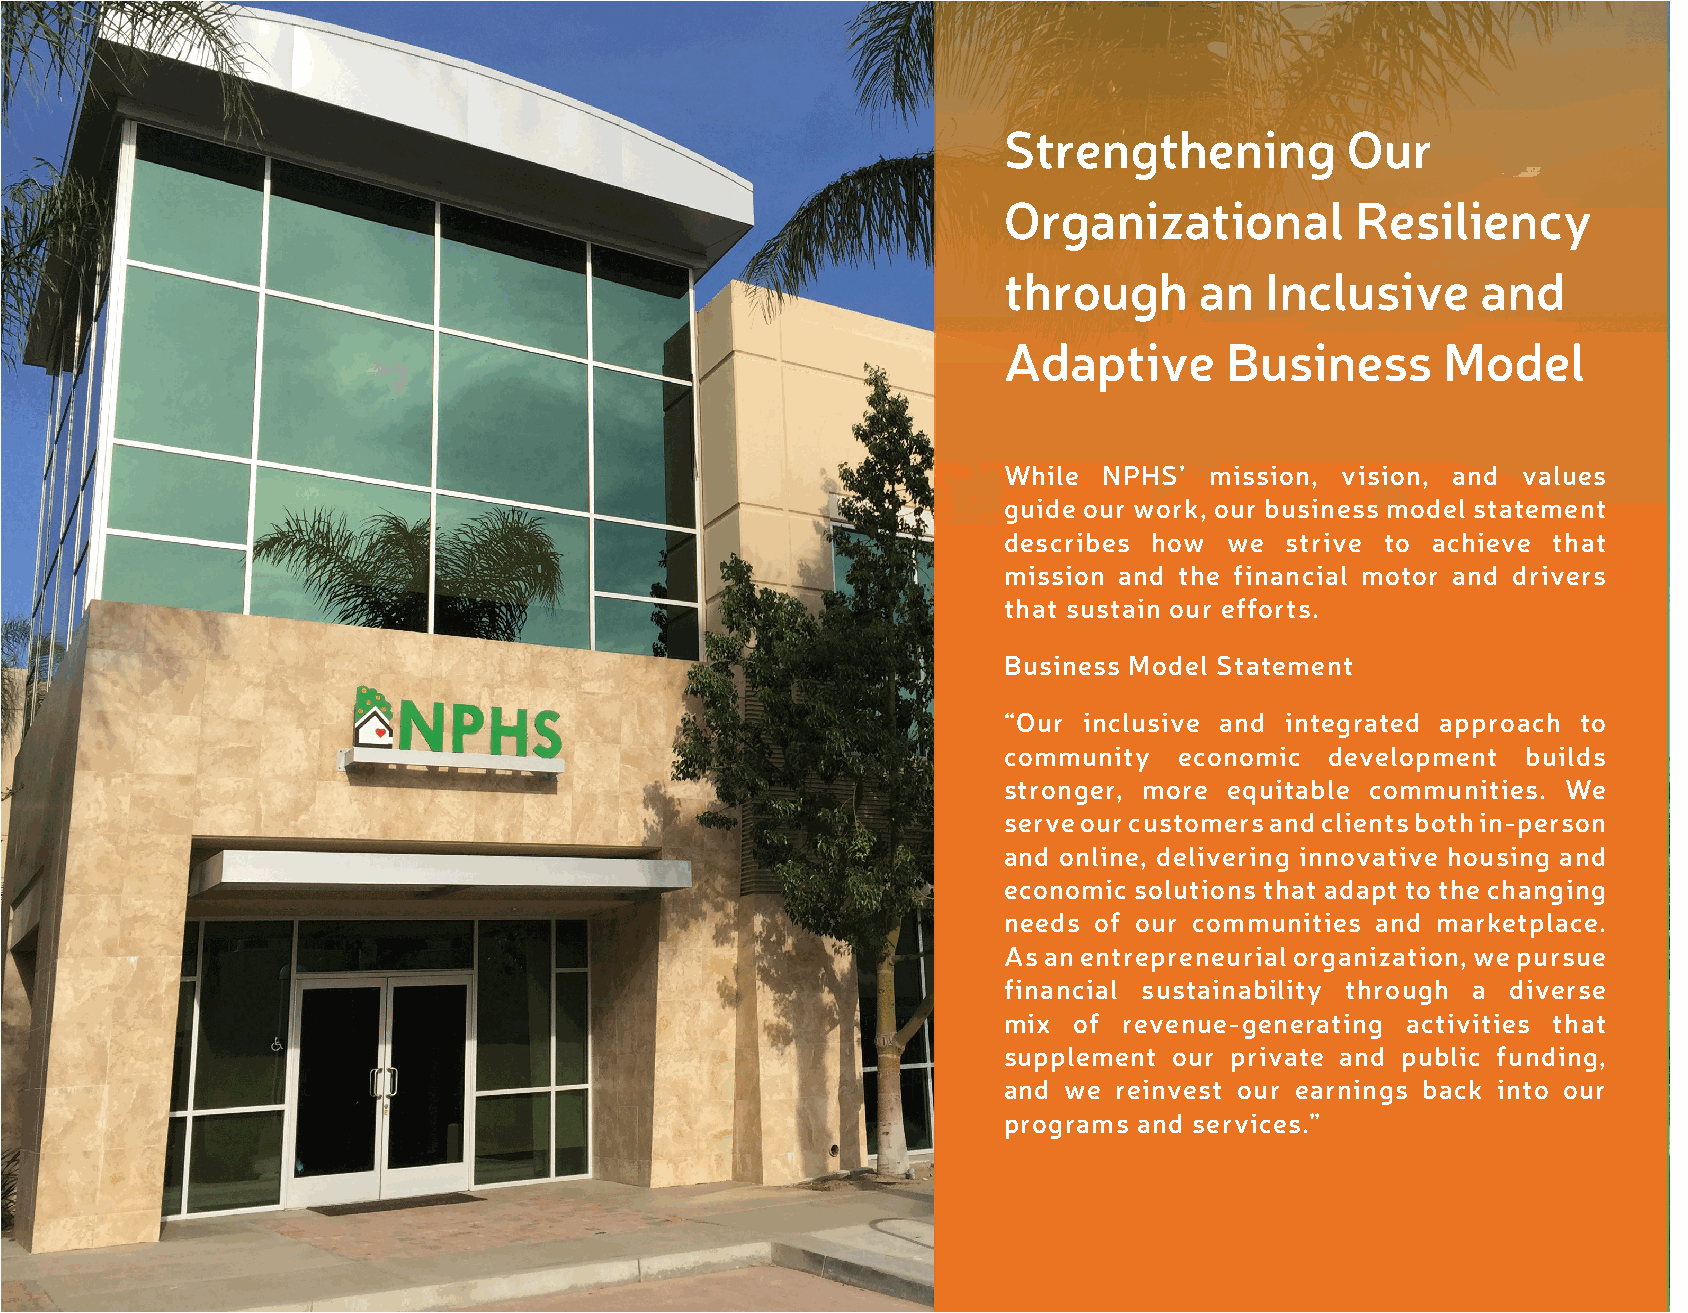
88 NPNPHHSS SSttrartaetgeicg Firca mFerwaomrke |w 20o1r8k-2 |0 220021-2023
 Strengthening          Our
 Organizational          Resiliency
 through      an   Inclusive     and
 Adaptive       Business       Model
 While  NPHS’  mission, vision, and values
 guide our work, our business model statement
 describes how  we  strive to achieve that
 mission and the financial motor and drivers
 that sustain our efforts.
 Business Model Statement
 “Our  inclusive and integrated approach to
 community   economic  development  builds
 stronger, more equitable communities. We
 serve our customers and clients both in-person
 and online, delivering innovative housing and
 economic solutions that adapt to the changing
 needs of our communities and marketplace.
 As an entrepreneurial organization, we pursue
 financial sustainability through a diverse
 mix  of revenue-generating activities that
 supplement  our private and public funding,
 and we  reinvest our earnings back into our
 programs and services.”